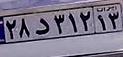
۲۸د۳۱۲۱۳